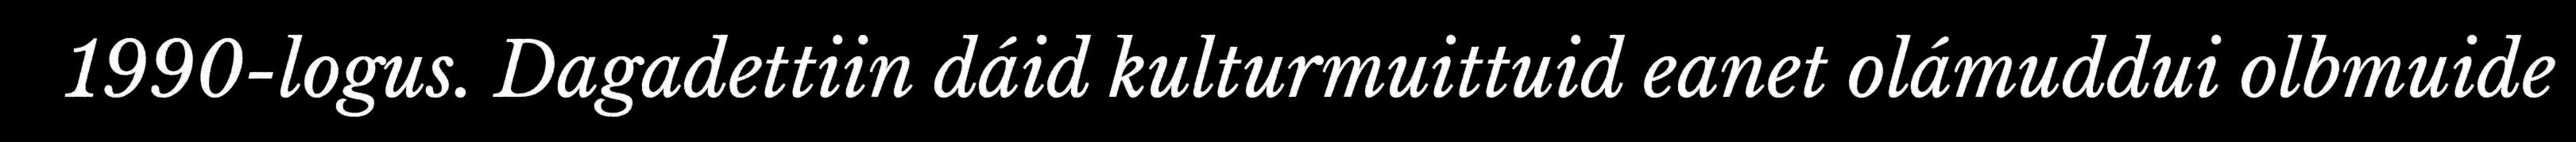
1990-logus. Dagadettiin dáid kulturmuittuid eanet olámuddui olbmuide